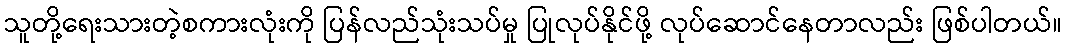
သူတို့ရေးသားတဲ့စကားလုံးကို ပြန်လည်သုံးသပ်မှု ပြုလုပ်နိုင်ဖို့ လုပ်ဆောင်နေတာလည်း ဖြစ်ပါတယ်။